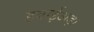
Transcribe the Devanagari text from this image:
हवाईअड़ा